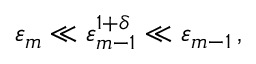
\varepsilon _ { m } \ll \varepsilon _ { m - 1 } ^ { 1 + \delta } \ll \varepsilon _ { m - 1 } \, ,